Burma Government Medical School reports 1907-22
Year: 1907
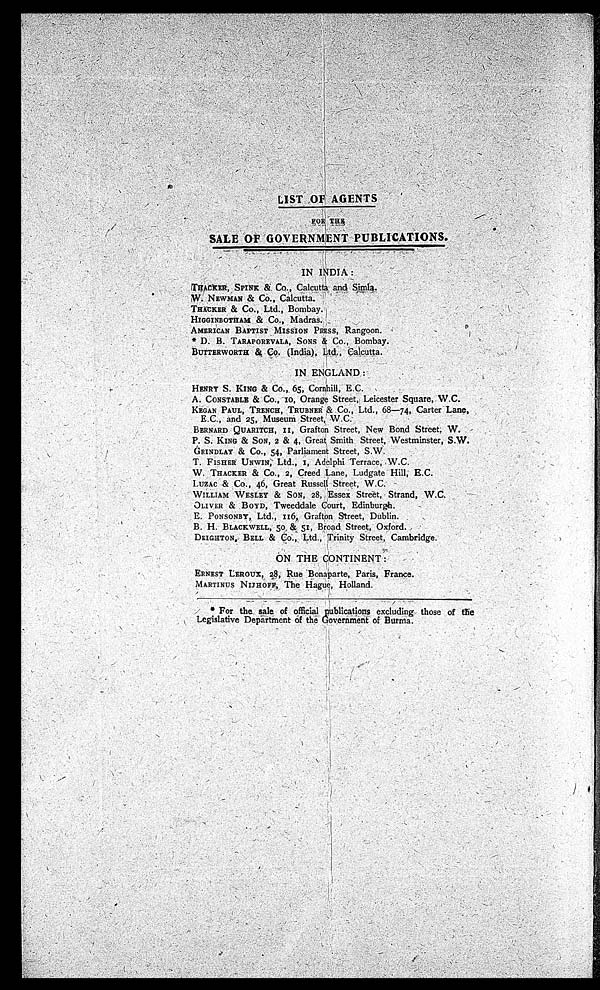
LIST OF AGENTS
F O R T H E
SALE OF GOVERNMENT PUBLICATIONS.
IN INDIA:
THACKER, SPINK &, Co., Calcutta and Simla.
W. NEWMAN & Co., Calcutta.
THACKER & Co., Ltd., Bombay.
HIGGINBOTHAM & Co., Madras.
AMERICAN BAPTIST MISSION PRESS, Rangoon.
-
* D. B. TARAPOREVALA, SONS & Co., Bombay.
BUTTERWORTH
Co. (India), Ltd., Calcutta.
IN ENGLAND:
HENRY S. KING & CO., 65, Cornhill, E.C.
A. CONSTABLE & Co. 10, Orange Street, Leicester Square, W.C.
B.
KEGAN PAUL, TRENCH, TRUBNER & Co., Ltd., 68-74, Carter Lane,
E.C., and 25, Museum Street, W.C.
BERNARD QUARITCH, II, Grafton Street, New Bond Street,W.
P.S. KING & SON, 2 & 4, Great Smith . Street, Westminster, S.W.
GRINDLAY & Co., 54, Parliament Street, S.W.
T. FISHER UNWIN, Ltd., I, Adelphi Terrace, W.C.
W. THACKER & Co., 2, Creed .Lane, Ludgate Hill, E.C.
LUZAC & Co., 46, Great Russell Street, W.C.
WILLIAM WESLEY & Son, 28, Essex Street, Strand, W.C.
OLIVER & BOYD, Tweeddale Court, Edinburgh.
E. PONSONBY, Ltd:, 116, Grafton Street, Dublin.
B. H. BLACKWELL, 50 & 51, Broad. Street, Oxford.
•
DEIGHTON,• BELL & Co., Ltd. Trinity Street, Cambridge.
ON THE CONTINENT:
ERNEST LEROUX, 28, Rue 'Bonaparte, Paris, France.
MARTINUS NIJHOFF, The Hague, Holland.
* For the sale of official Publications excluding those of the
Legislative Department of the Government of Burma.